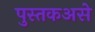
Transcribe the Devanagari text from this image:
पुस्तकअसे